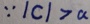
\because \vert c \vert > a